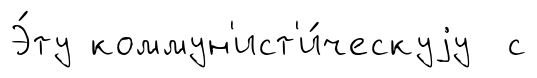
Э́ту коммун'ист'и́ческуjу с